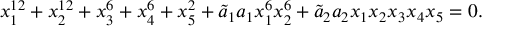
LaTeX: x _ { 1 } ^ { 1 2 } + x _ { 2 } ^ { 1 2 } + x _ { 3 } ^ { 6 } + x _ { 4 } ^ { 6 } + x _ { 5 } ^ { 2 } + { \tilde { a } _ { 1 } } a _ { 1 } x _ { 1 } ^ { 6 } x _ { 2 } ^ { 6 } + { \tilde { a } _ { 2 } } a _ { 2 } x _ { 1 } x _ { 2 } x _ { 3 } x _ { 4 } x _ { 5 } = 0 .